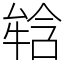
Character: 𤚥